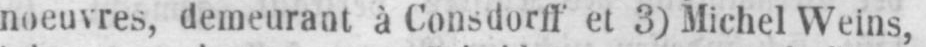
noeuvres, demeurant à Consdorff et 3) Michel Weins,